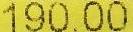
190.00